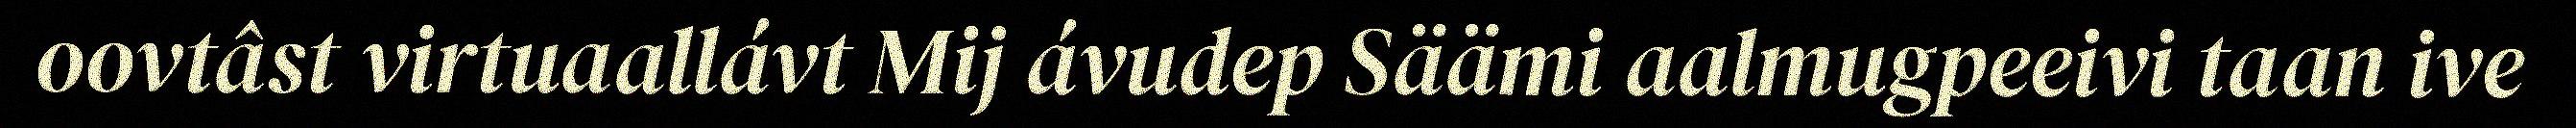
oovtâst virtuaallávt Mij ávudep Säämi aalmugpeeivi taan ive